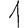
Digit: 1